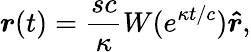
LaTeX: \boldsymbol{r}(t)=\frac{sc}{\kappa}W(e^{\kappa t/c})\boldsymbol{\hat{r}},